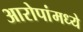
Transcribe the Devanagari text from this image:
आरोपांमध्ये